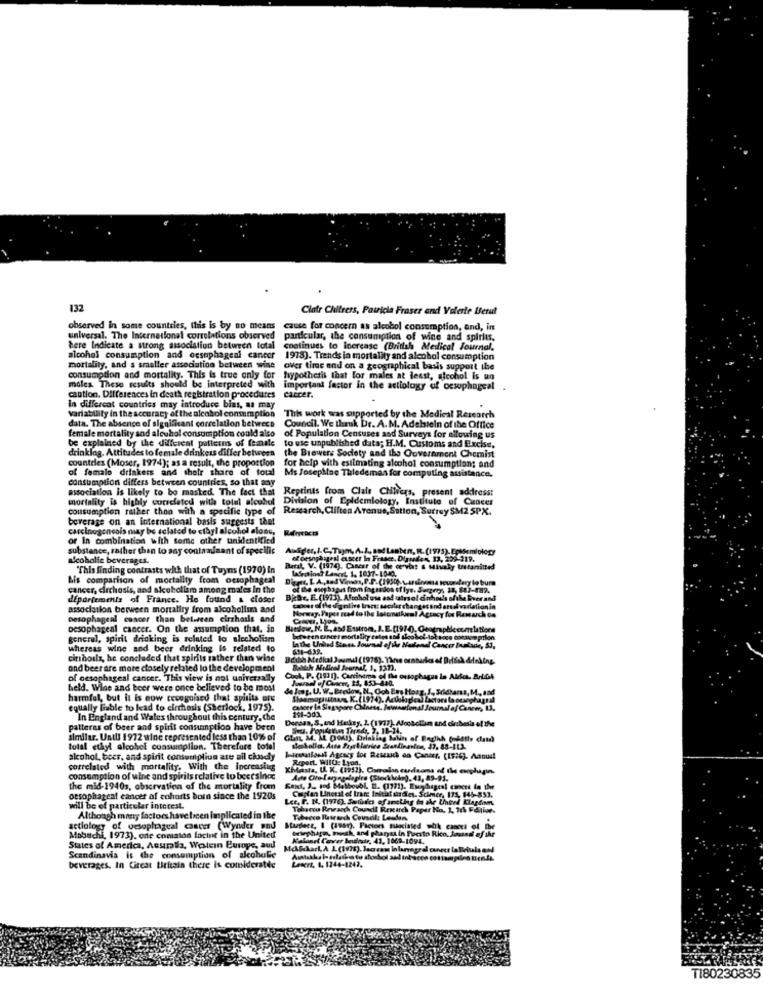
132
Clair Chifress, Patricia Fraser and Volerte Berul
observed in some countries, this is by no means cause for concern as alcohol consumption, and, in
cause for concern as alcohol consumption, and, in
universal. The International correlations observed
universal. The International correlations observed particular, the consumption of wine and spirits,
particular, the consumption of wine and spirits.
here Indicate a strong association between total
continues to Increase (British Medical Journal,
alcohol consumption and oesophageal
alcohol consumption and oesophageal cancer 1978). Trends in mortality and alcohol consumption
mortality, and a smaller association between wine
over time and on a geographical basis support the
consumption and mortality. This is true only for
hypothesis that for males at least, alcohol is ao
moles. These results should be interpreted with
important factor in the actiology of oesophageal
caution. Differences in death registration procedures
carcer.
Variability in the accuracy of the alcohol consumption
In different countries may introduce bins, as may
data. The absence of significant correlation between
This work was supported by the Medical Research
female mortality sod alcohol consumption could also
Council. We thank Dr. A. M. Adelstein of the Office
be explained by the different patterns of female
of Population Censuses and Surveys for allowing us
drinklag. Attitudes to female drinkers differ between
to use unpublished data; H.M. Customs and Excise,
countries (Moser, 1974); as a result, the proportion
the Brewers Society and the Government Chemist
of female drinkers and their share of total
Ms Josephine Thiedemas for computing assistance.
for help with estimating alcohol consumption; and
consumption differs between countries, so that any
association is likely to bo masked The fact that
Reprints from Clair Chilvers, present address:
mortality is highly correlated with total alcohol
Division of Epidemiology, Institute of Cancer
consumption rather thon with a specific type of
Research, Cliften Arenue, Sation, Surrey SM2 5PX.
beverage on an international basis suggests that
carcinogenesis may be sclated to sibyl alcohol alone,
Refritocts
or In combination with some other unidentified
substance, rather than to say contaminant of specific
Ausder, I.C.Tum, A.J ., 854 Lenken, R. (1975). Epidemiology
alcoholic beverages.
ofoesophageal cuscer In Fraser, Digraden, 13, 259-219.
"This finding contrasts with that of Tuyns (1970) In
Betal, V. (1974). Cancer of the cervia! & Mivaly Ustamitted
LASreins? Langt, 1, 1037-1040.
Lis comparison of mortality from oesophageal
cancer, dirchosis, and alcoholism among males In the
of de eseghapas from fogtados of lys. Surgery, 31, 887-182.
dipartements of France. He found & closer
Bkar, E. (1973). Alcohol use and uairsof dinhods sfika liver and
association between mortaliry from alcoholim and
Norway. Paper med to the lolomatkumal Agtacy for Research Ca
oesophageal concer than between cirrhoils and
oesophageal cancer. On the assumption that, in
Below, N. E ., asd Esstrom, J. E. [1970). Geoen
come latices
general, spirit drinking is related to slecholism
whereas wine and beer drinking is related to
631-639.
citihosla, he concluded that spirits rather than wine
Beibh Medkal 3ouml (1978). Three orn
and beer are more closely related lo the development
BAllık A.Siral Journal, 1, 137).
of oesophageal cancer. This view is not universally
Cook, P. (1931). Carcinoma of The ousophagus la Aldo. R.L.CA
Panel of Cancer, 24, 153-800.
held. Wine and beer were once believed to be most
De Jong, U. W. Bredow, N. Gob Ens Hosg, J ., 3ridhans, M.
harmful, but it is now recognised that spitits are
equally Buble to lead to cirrhosis (Sherlock, 1975).
wantonal Journal of Cancer, 13.
In England and Wales throughout this century, che
Dersas, S, and Heskey, 1. (1937). Alcoholism and dirbasis of the
patterns of beer and spirit consumption have been
similar. Until 1972 wine represented less than 10% of
total ethyl alcohol consumption. Therefore total
alcohol, beer, and spirit consumption are ail cloudy
Miessalonit Agcacy tos Resuch an Cancer. (ts:c). Aantal
Report. Wlt: Lyon.
correlated with mortality. With the increasing
KMiasta, U. K. (1952). Comalon cardsons of the esophagin.
consumption of wine and spirits relative to beersince
Ante Oro Laregolapics (Stockholm), 43, 89-91.
the mid-1940s, observation of the mortality freen
Kant, 2 .. and Malboubl. I. (1771). Escydageal cancei in the
Captan Linetal of Irare Initial usdles. Schmer, 171, 846-853.
oesophageal cancer af cohorts boin since the 1920s
Let. F. N. (1976). Surfindes of anethug to she Uhheed Klardom,
will be of particular interest.
Tabacco Revanch Coundt Research Paper No. 1, 11% Fatiun.
Although many factors have been implicated in the
Tabecco Rawarch Council Lesden,
etiology of oesophageal cancer (Wynder pnu
Mazdeez, I (199v). Factors suaciated wik cacti of the
Driephagen, monnick, and phanyas in Puesto Rico, Jounii of the
Mabuchi, 1973). one comaton lacint in the United
alanel Cancer boudoir, 43, 1669-1094.
States of America, Acuralia, Westein Buroye, aud
Scandinavia is the consumption of alcoholie
beverages. In Circat Britain there is comideratde
Leserz, 1, 1244-1242.
TI80230835